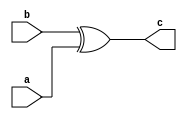
module XOR32(
    input [31:0] a,
    input [31:0] b,
    output [31:0] c
);
    assign c=b^a;
endmodule